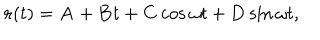
{ \bf r } ( t ) = { \bf A } + { \bf B } t + { \bf C } \cos \omega t + { \bf D } \sin \omega t ,